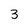
Character: 3